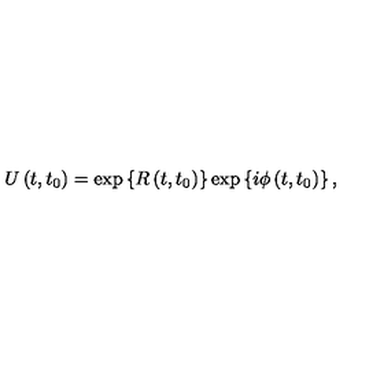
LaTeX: U \left( t , t _ { 0 } \right) = \exp \left\{ R \left( t , t _ { 0 } \right) \right\} \exp \left\{ i \phi \left( t , t _ { 0 } \right) \right\} ,